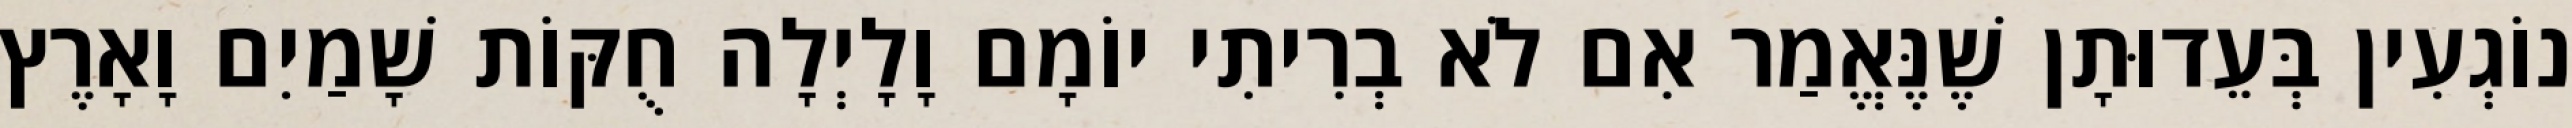
נוֹגְעִין בְּעֵדוּתָן שֶׁנֶּאֱמַר אִם לֹא בְרִיתִי יוֹמָם וָלָיְלָה חֻקּוֹת שָׁמַיִם וָאָרֶץ